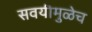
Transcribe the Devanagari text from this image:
सवयीमुळेच